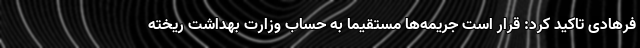
فرهادی تاکید کرد: قرار است جریمه‌ها مستقیما به حساب وزارت بهداشت ریخته